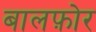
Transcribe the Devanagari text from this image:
बालफ़ोर